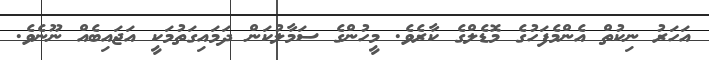
އަހަރު ނިކުތް އެންމެފަހުގެ މޮޑެލްގެ ކާރެވެ. މީހުންގެ ސަމާލުކަން ދަމައިގަތުމަކީ އަޖައިބެއް ނޫނެވެ.